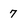
Character: 7